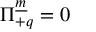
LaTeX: \Pi _ { + q } ^ { \underline { { { m } } } } = 0